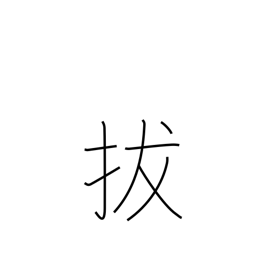
Meaning: quote